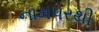
નામપરથી